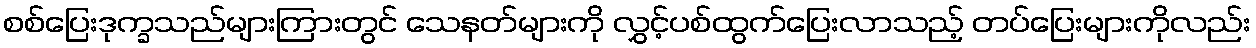
စစ်ပြေးဒုက္ခသည်များကြားတွင် သေနတ်များကို လွှင့်ပစ်ထွက်ပြေးလာသည့် တပ်ပြေးများကိုလည်း